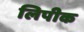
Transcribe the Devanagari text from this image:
लिपीक